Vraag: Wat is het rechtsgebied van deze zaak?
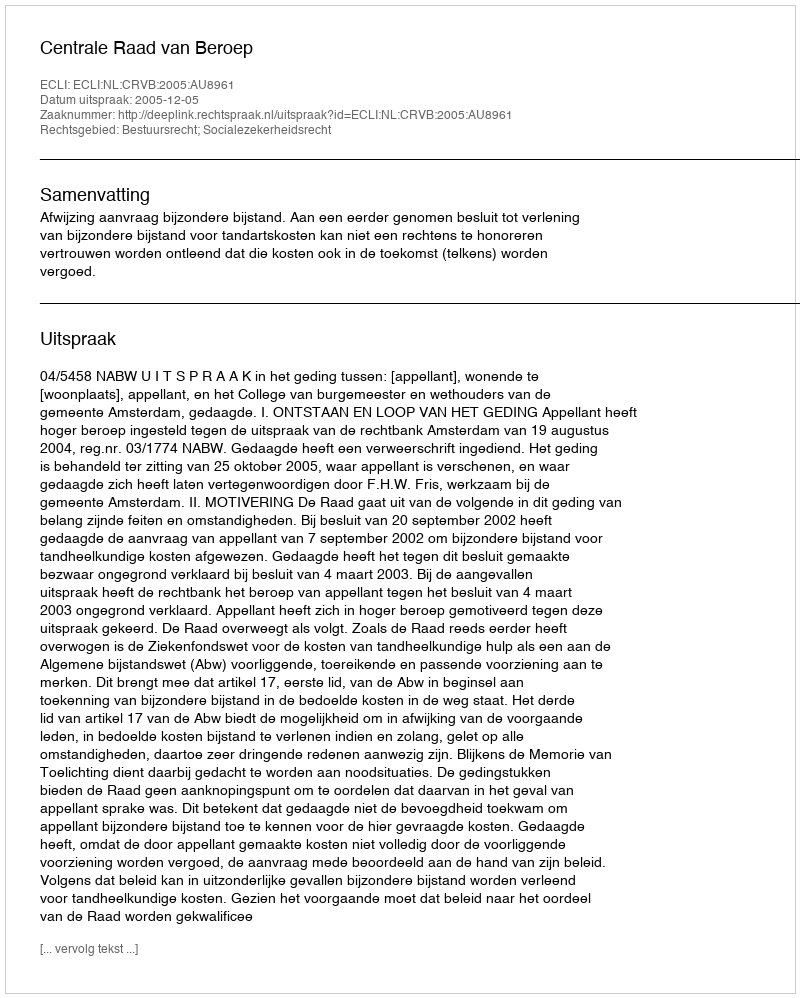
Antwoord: Bestuursrecht; Socialezekerheidsrecht